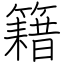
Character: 籍